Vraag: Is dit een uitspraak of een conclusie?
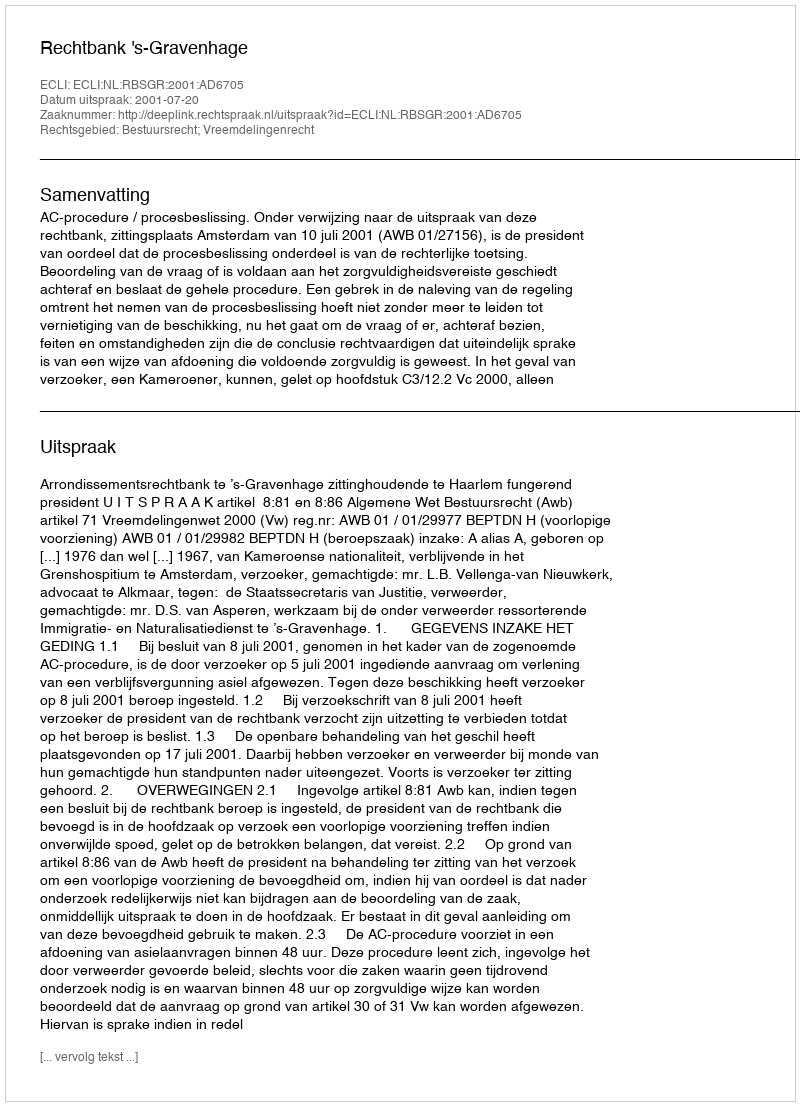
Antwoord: Uitspraak